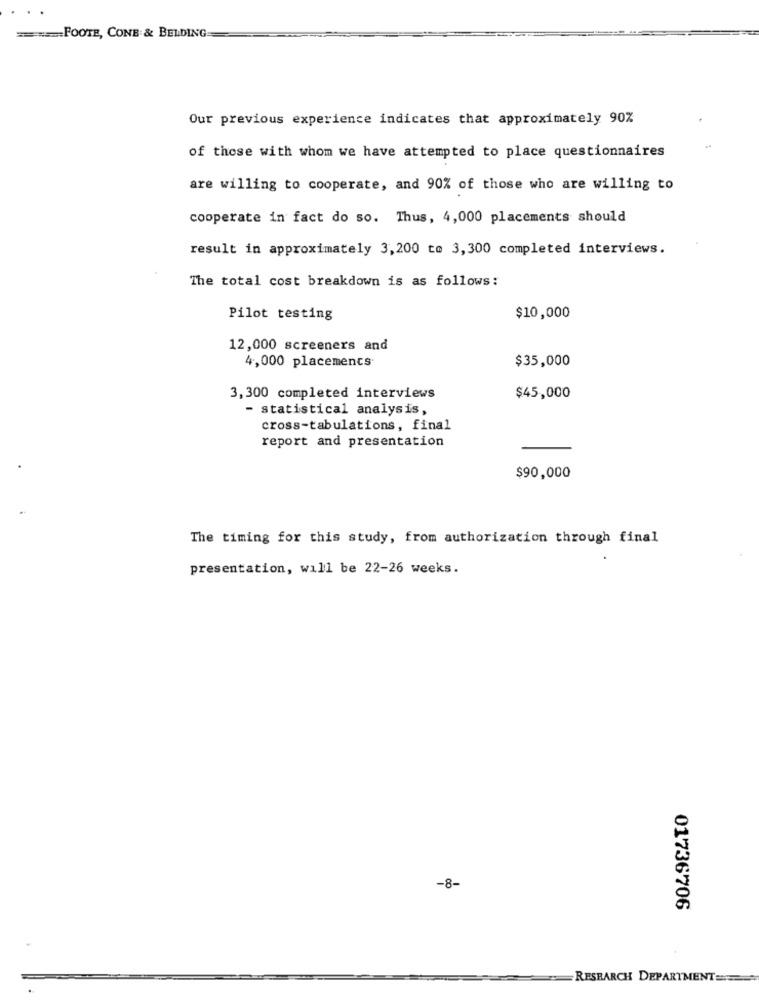
=== FOOTE, CONE & BELDING
Our previous experience indicates that approximately 90%
of those with whom we have attempted to place questionnaires
are willing to cooperate, and 90% of those who are willing to
cooperate in fact do so. Thus, 4,000 placements should
result in approximately 3,200 to 3,300 completed interviews.
The total cost breakdown is as follows:
Pilot testing
$10,000
12,000 screeners and
4,000 placemencs
$35,000
3,300 completed interviews
$45,000
- statistical analysis,
cross-tabulations, final
report and presentation
$90,000
The timing for this study, from authorization through final
presentation, will be 22-26 weeks.
-8-
01736706
RESEARCH DEPARTMENT ==